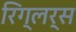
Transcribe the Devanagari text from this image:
रिग्लर्स